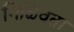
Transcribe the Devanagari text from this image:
मिळ्विता